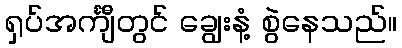
ရှပ်အင်္ကျီတွင် ချွေးနံ့ စွဲနေသည်။